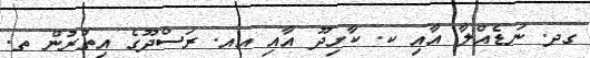
ގދ. ނަޑެއްލާ އާއި ކ. ކާށިދޫ އާއި އއ. ރަސްދޫގެ އިތުރުން ތ.